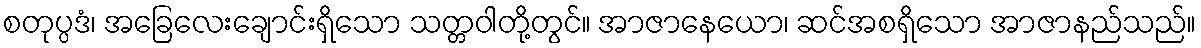
စတုပ္ပဒံ၊ အခြေလေးချောင်းရှိသော သတ္တဝါတို့တွင်။ အာဇာနေယော၊ ဆင်အစရှိသော အာဇာနည်သည်။